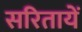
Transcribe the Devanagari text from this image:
सरितायें